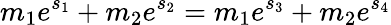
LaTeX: m_{1}e^{s_{1}}+m_{2}e^{s_{2}}=m_{1}e^{s_{3}}+m_{2}e^{s_{4}}